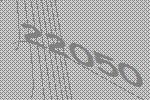
22050